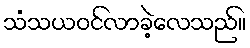
သံသယဝင်လာခဲ့လေသည်။